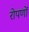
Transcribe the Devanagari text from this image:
रोपणों